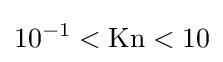
10^{-1}<{\rm {{Kn}<10}}